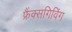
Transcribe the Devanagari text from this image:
फ्रैंक्सगिविंग